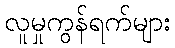
လူမှုကွန်ရက်များ